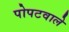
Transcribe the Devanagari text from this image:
पोपटवाले